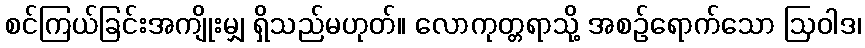
စင်ကြယ်ခြင်းအကျိုးမျှ ရှိသည်မဟုတ်။ လောကုတ္တရာသို့ အစဉ်ရောက်သော ဩဝါဒ၊